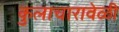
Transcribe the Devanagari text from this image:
कुलाचारावेळी